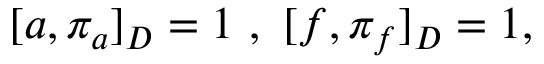
[ a , \pi _ { a } ] _ { D } = 1 ~ , ~ [ f , \pi _ { f } ] _ { D } = 1 ,